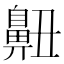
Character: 䶊